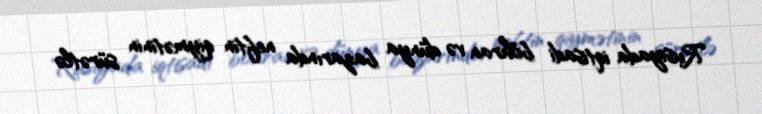
Rusiyada iqtisadi böhran və dünya bazarında neftin qiymətinin sürətlə